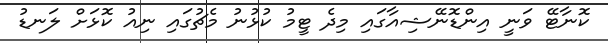
ކޮނާޓޭ ވަނީ އިންޑޮނޭޝިއާގައި މިދެ ޓީމު ކުޅުނު މެޗުގައި ނިއު ކޮޅަށް ލަނޑު